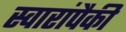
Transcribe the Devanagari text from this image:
स्वारांपैकी